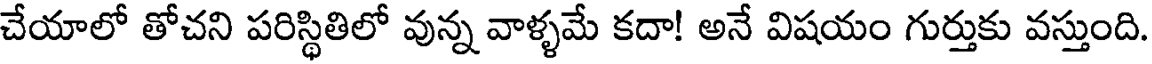
చేయాలో తోచని పరిస్థితిలో వున్న వాళ్ళమే కదా! అనే విషయం గుర్తుకు వస్తుంది